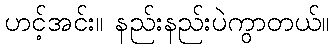
ဟင့်အင်း။ နည်းနည်းပဲကွာတယ်။